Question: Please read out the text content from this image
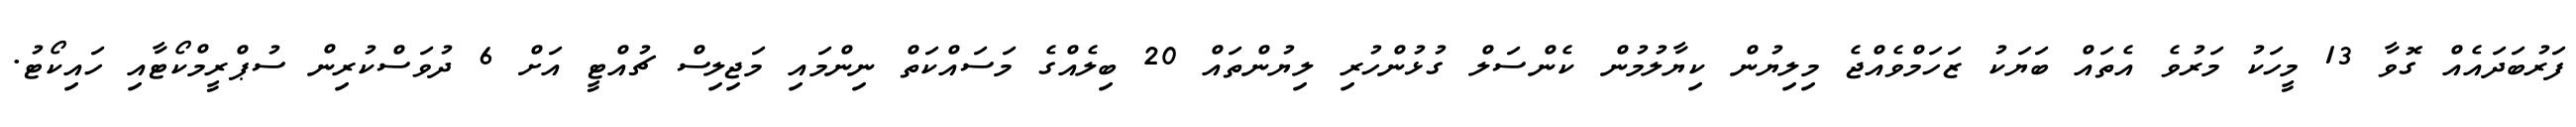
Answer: ފަރުބަދައެއް ގޮވާ 13 މީހަކު މަރުވެ އެތައް ބަޔަކު ޒަހަމްވެއްޖެ މިލިޔުން ކިޔާލުމުން ކެންސަލް ގުޅުންހުރި ލިޔުންތައް 20 ބިލެއްގެ މަސައްކަތް ނިންމައި މަޖިލިސް ޗުއްޓީ އަށް 6 ދުވަސްކުރިން ސުޕްރީމްކޯޓާއި ހައިކޯޓު.